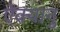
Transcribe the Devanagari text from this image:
ऐक्यानु